Civil Veterinary Dept. North-West Frontier Province 1933-46 - 1933-1946
Year: 1933
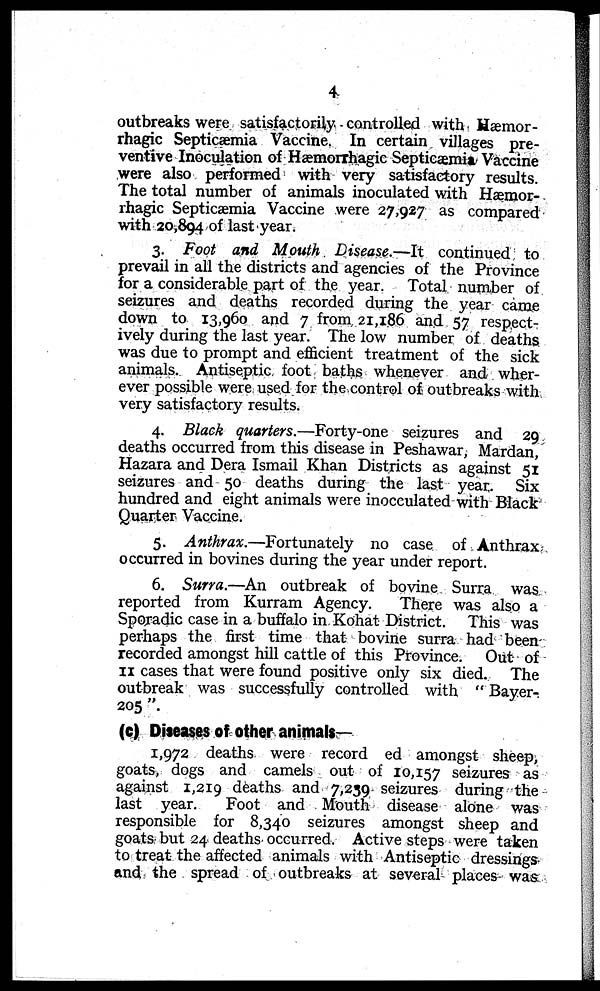
4
outbreaks were satisfactorily controlled with Hæmor-
rhagic Septicæmia Vaccine. In certain villages pre-
ventive Inoculation of Hæmorrhagic Septicæmia Vaccine
were also performed with very satisfactory results.
The total number of animals inoculated with Hæmor-
rhagic Septicæmia Vaccine were 27,927 as compared
with 20,894 of last year.
3. Foot and Mouth Disease.—It continued to
prevail in all the districts and agencies of the Province
for a considerable part of the year. Total number of
seizures and deaths recorded during the year came
down to 13,960 and 7 from 21,186 and 57 respect-
ively during the last year. The low number of deaths
was due to prompt and efficient treatment of the sick
animals. Antiseptic foot baths whenever and wher-
ever possible were used for the control of outbreaks with
very satisfactory results.
4. Black quarters.—Forty-one seizures and 29
deaths occurred from this disease in Peshawar, Mardan,
Hazara and Dera Ismail Khan Districts as against 51
seizures and 50 deaths during the last year. Six
hundred and eight animals were inocculated with Black
Quarter Vaccine.
5. Anthrax.—Fortunately no case of Anthrax
occurred in bovines during the year under report.
6. Surra.—An outbreak of bovine Surra was
reported from Kurram Agency.
There was also a
Sporadic case in a buffalo in Kohat District. This was
perhaps the first time that bovine surra had been
recorded amongst hill cattle of this Province. Out of
II cases that were found positive only six died. The
outbreak was successfully controlled with "Bayer-
205".
(c) Diseases of other animals—
1,972 deaths were record ed amongst sheep,
goats, dogs and camels out of 10,157 seizures as
against 1,219 deaths and 7,239 seizures during the
last year.
Foot and Mouth disease alone was
responsible for 8,340 seizures amongst sheep and
goats but 24 deaths occurred. Active steps were taken
to treat the affected animals with Antiseptic dressings
and the spread of outbreaks at several places was